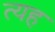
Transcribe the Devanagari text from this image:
त्यह